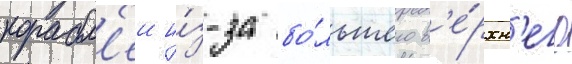
корабл'еи и́з-за бо́льшего в'е́рхн'его